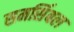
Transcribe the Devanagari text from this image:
समर्सिबल